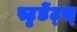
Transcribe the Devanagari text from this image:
स्टृडेंट्स्